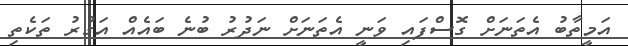
އަމީތާބު އެތަނަށް ގޮސްފައި ވަނީ އެތަނަށް ނަދުރު ބުނެ ބައެއް އަގުރު ތަކެތި